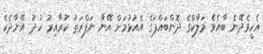
އެހީވެދޭނެ ބާއެވެ މަލާކްގެ ދޮންބައްޕަގެ އެއުޅުމަށް އޭނާ ނަފްރަތު ކުރާއިރު ހުދު އޭނާދެކެ